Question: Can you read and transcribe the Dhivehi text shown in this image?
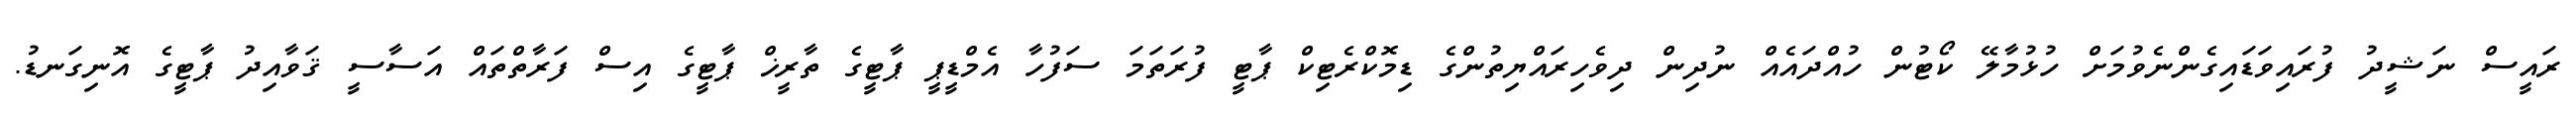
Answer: ރައީސް ނަޝީދު ފުރައިވަޑައިގެންނެވުމަށް ހުޅުމާލޭ ކޯޓުން ހުއްދައެއް ނުދިން ދިވެހިރައްޔިތުންގެ ޑިމޮކްރެޓިކް ޕާޓީ ފުރަތަމަ ސަފުހާ އެމްޑީޕީ ޕާޓީގެ ތާރީޚް ޕާޓީގެ އިސް ފަރާތްތައް އަސާސީ ޤަވާއިދު ޕާޓީގެ އޮނިގަނޑު.